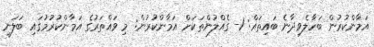
އަމާންކުރުން ބަހާލެވިދާނެ ބައިތައް: 1- ގެއްލުންތަކަށް އަމާންކުރުން: މި ވައްތަރުގެ އަމާންކުރުމުގައި ބަލަނީ